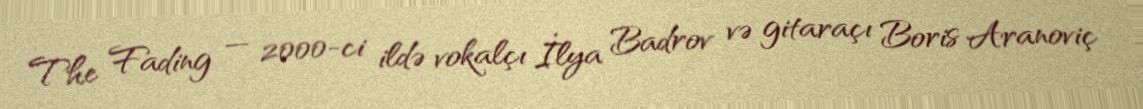
The Fading — 2000-ci ildə vokalçı İlya Badrov və gitaraçı Boris Aranoviç